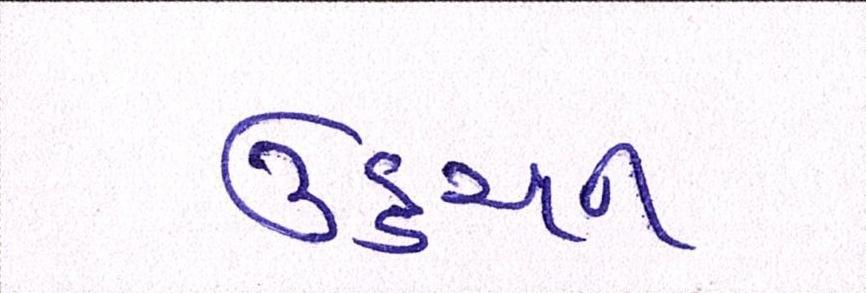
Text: ઉડ્ડયન